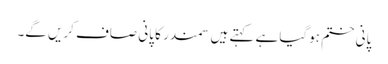
پانی ختم ہوگیا ہے کہتے ہیں سمندر کا پانی صاف کریں گے۔